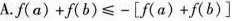
A.$$f ( a ) + f ( b ) ≤ - [ f ( a ) + f ( b ) ]$$